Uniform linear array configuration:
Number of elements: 32
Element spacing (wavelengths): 0.25
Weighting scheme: hann
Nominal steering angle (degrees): -45
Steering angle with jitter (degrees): -43.422
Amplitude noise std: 0.05
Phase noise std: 0.05

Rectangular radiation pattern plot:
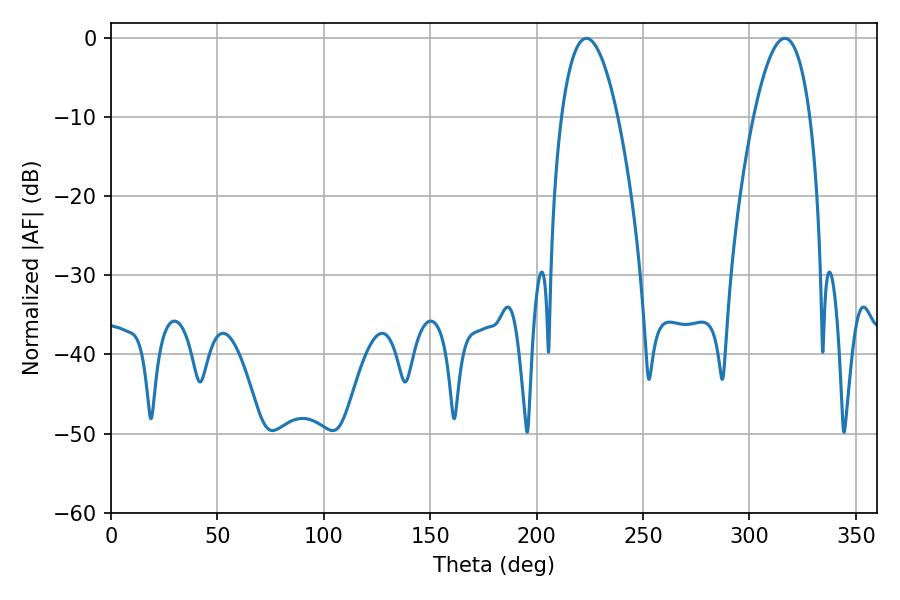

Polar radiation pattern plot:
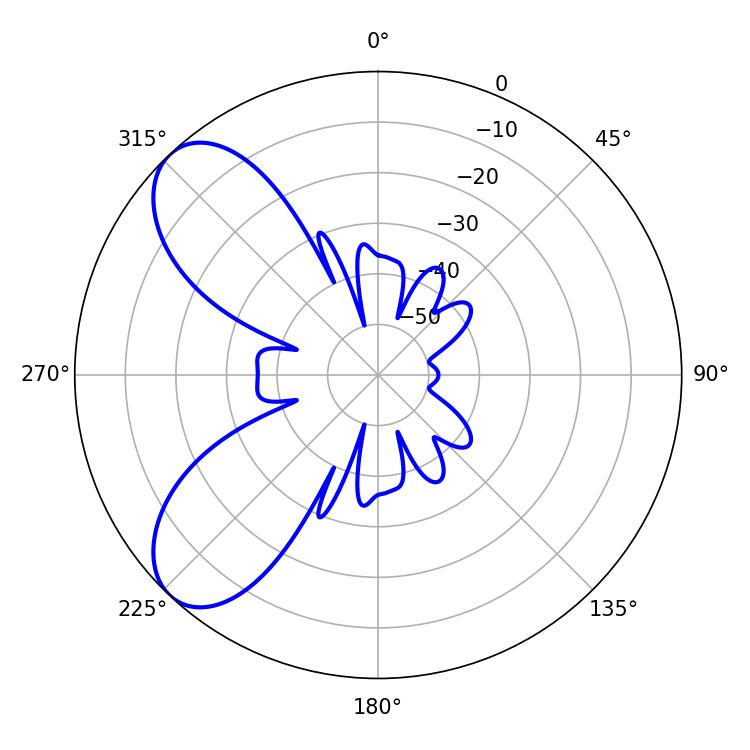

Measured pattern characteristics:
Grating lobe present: FALSE
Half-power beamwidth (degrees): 14.58
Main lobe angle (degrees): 223.38